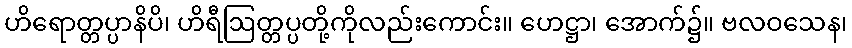
ဟိရောတ္တပ္ပာနိပိ၊ ဟိရီဩတ္တပ္ပတို့ကိုလည်းကောင်း။ ဟေဋ္ဌာ၊ အောက်၌။ ဗလဝသေန၊